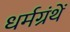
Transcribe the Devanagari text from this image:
धर्मग्रंथें